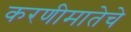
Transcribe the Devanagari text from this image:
करणीमातेचे